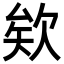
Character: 欸